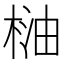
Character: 𣓐